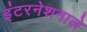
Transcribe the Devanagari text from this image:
इंटरनेशनाले